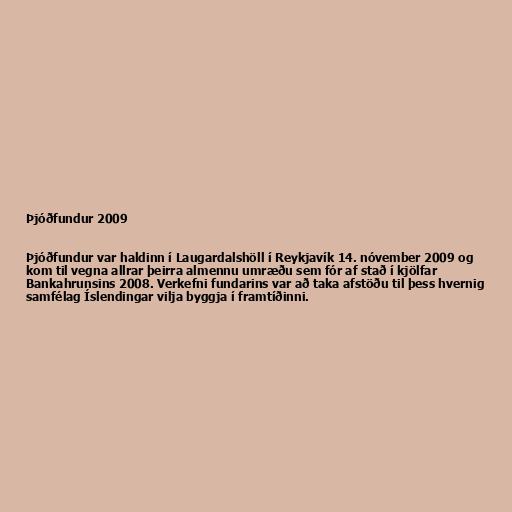
Þjóðfundur 2009

Þjóðfundur var haldinn í Laugardalshöll í Reykjavík 14. nóvember 2009 og
kom til vegna allrar þeirra almennu umræðu sem fór af stað í kjölfar
Bankahrunsins 2008. Verkefni fundarins var að taka afstöðu til þess hvernig
samfélag Íslendingar vilja byggja í framtíðinni.